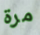
مرة